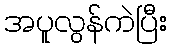
အပူလွန်ကဲပြီး